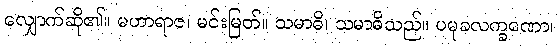
လျှောက်ဆို၏။ မဟာရာဇ၊ မင်းမြတ်။ သမာဓိ၊ သမာဓိသည်။ ပမုခလက္ခဏော၊